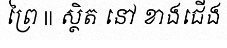
ព្រៃ || ស្ថិត នៅ ខាងជើង